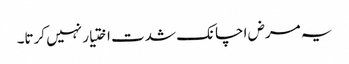
یہ مرض اچانک شدت اختیار نہیں کرتا۔